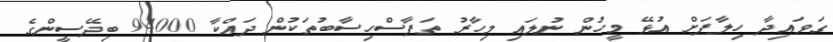
ގަވައިދާ ހިލާފަށް އުޅޭ މީހުން ނުލައި މިހާރު ތަފާސްހިސާބުތަކުން ދައްކާ 94000 ބިދޭސީންގެ